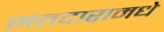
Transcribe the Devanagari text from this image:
मतदारामधे